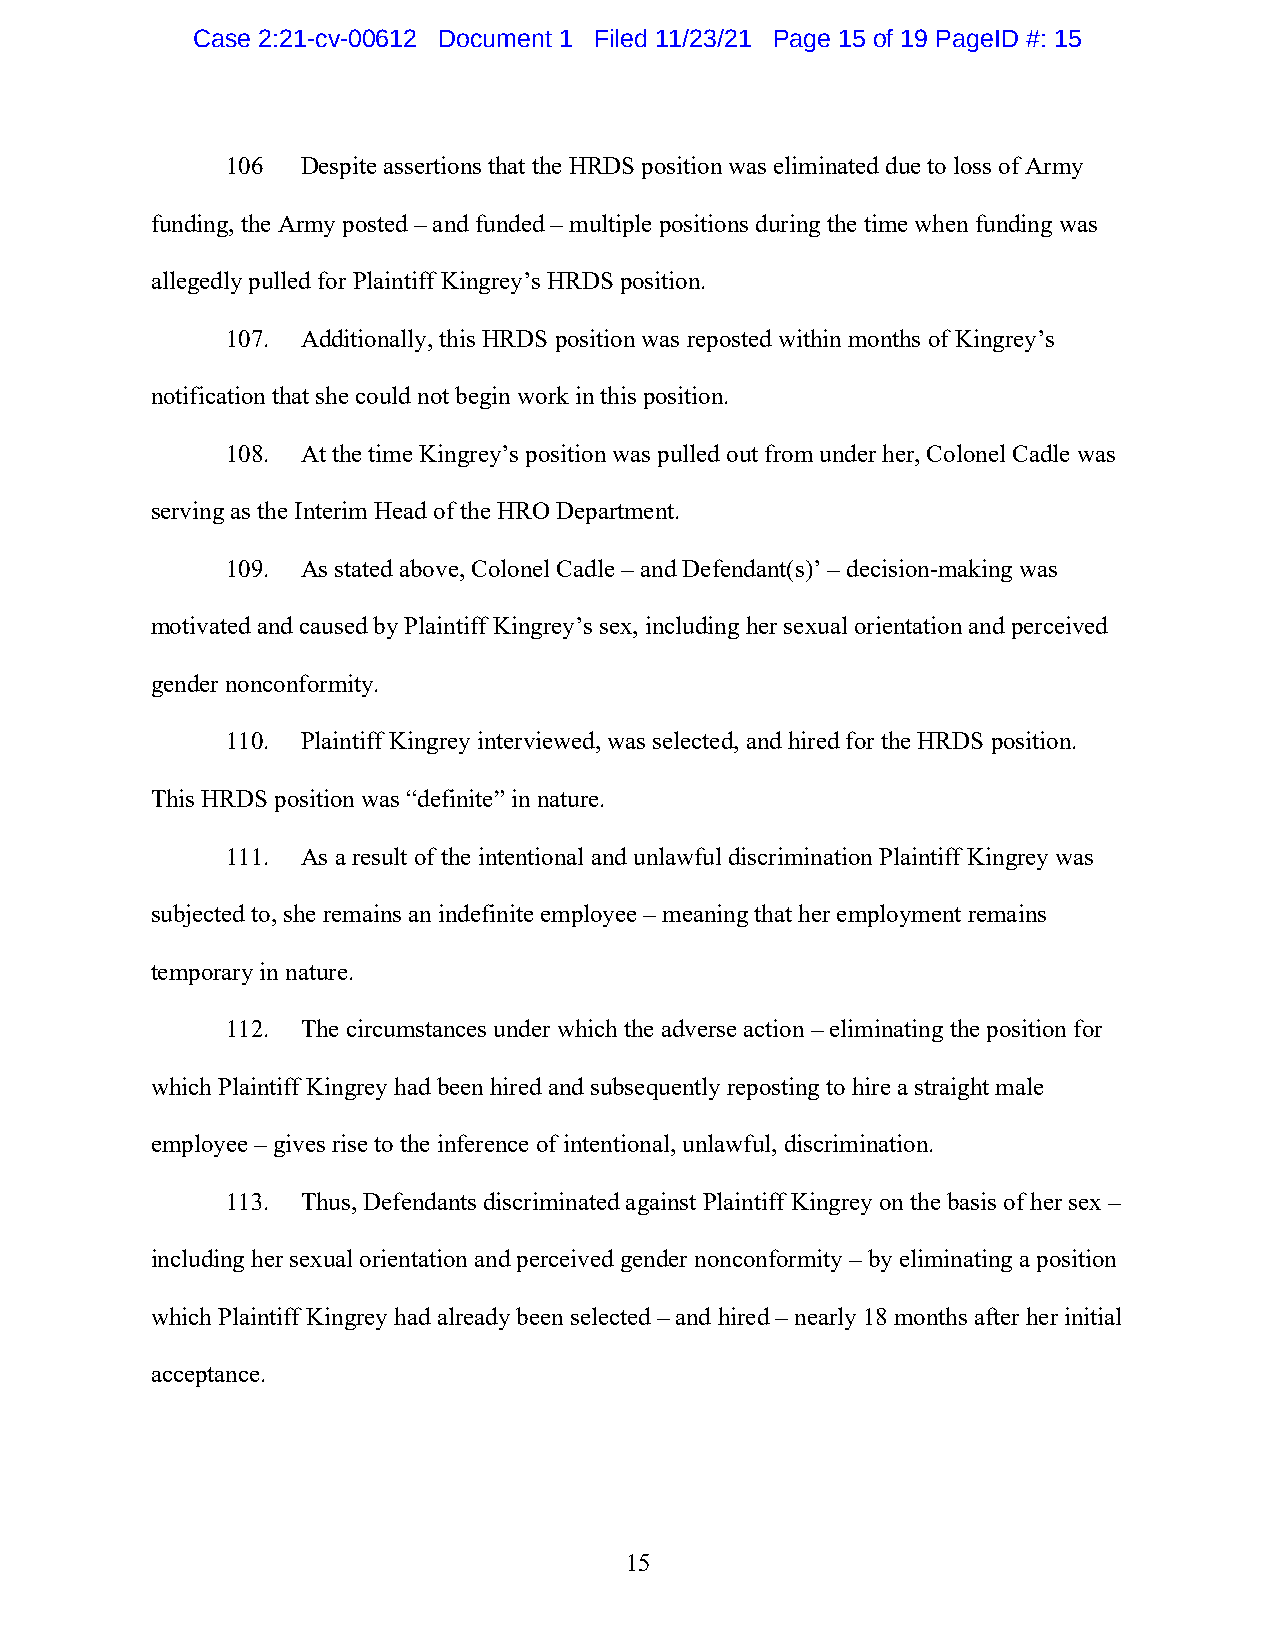
Case 2:21-cv-00612 Document 1 Filed 11/23/21 Page 15 of 19 PageID #: 15
 106  Despite assertions that the HRDS position was eliminated due to loss of Army
 funding, the Army posted – and funded – multiple positions during the time when funding was
 allegedly pulled for Plaintiff Kingrey’s HRDS position.
 107. Additionally, this HRDS position was reposted within months of Kingrey’s
 notification that she could not begin work in this position.
 108. At the time Kingrey’s position was pulled out from under her, Colonel Cadle was
 serving as the Interim Head of the HRO Department.
 109. As stated above, Colonel Cadle – and Defendant(s)’ – decision-making was
 motivated and caused by Plaintiff Kingrey’s sex, including her sexual orientation and perceived
 gender nonconformity.
 110. Plaintiff Kingrey interviewed, was selected, and hired for the HRDS position.
 This HRDS position was “definite” in nature.
 111. As a result of the intentional and unlawful discrimination Plaintiff Kingrey was
 subjected to, she remains an indefinite employee – meaning that her employment remains
 temporary in nature.
 112. The circumstances under which the adverse action – eliminating the position for
 which Plaintiff Kingrey had been hired and subsequently reposting to hire a straight male
 employee – gives rise to the inference of intentional, unlawful, discrimination.
 113. Thus, Defendants discriminated against Plaintiff Kingrey on the basis of her sex –
 including her sexual orientation and perceived gender nonconformity – by eliminating a position
 which Plaintiff Kingrey had already been selected – and hired – nearly 18 months after her initial
 acceptance.
 15